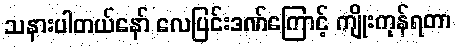
သနားပါတယ်နော် လေပြင်းဒဏ်ကြောင့် ကျိုးကုန်ရတာ